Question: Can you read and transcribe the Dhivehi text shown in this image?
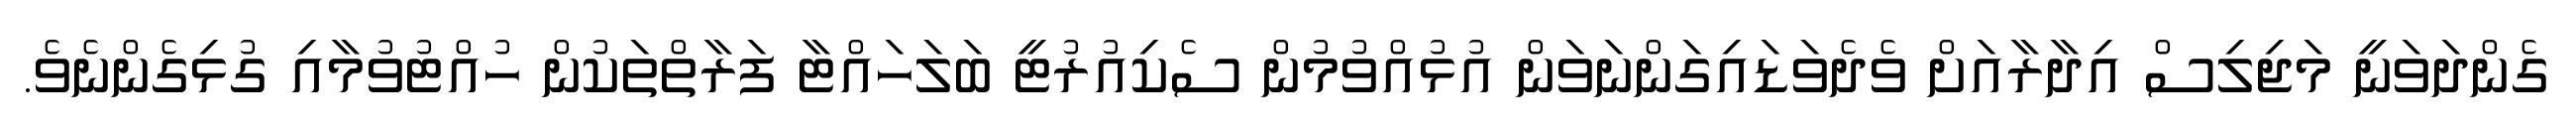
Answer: ގެންދަވަނީ މަޖިލިސް އިދާރާއަށް ވެދެވަޑައިގަންނަވަން އުޅުއްވުމުން ސެކިއުރުޓީ ބަލަހައްޓާ ފަރާތްތަކުން ހުއްޓުވުމާއި ގުޅިގެންނެވެ.